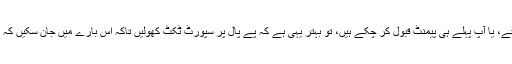
اگر آپ ایسا نہیں کر سکتے، یا آپ پہلے ہی پیمنٹ قبول کر چکے ہیں، تو بہتر یہی ہے کہ پے پال پر سپورٹ ٹکٹ کھولیں تاکہ اس بارے میں جان سکیں کہ اب آگے کیا کرنا چاہیے۔